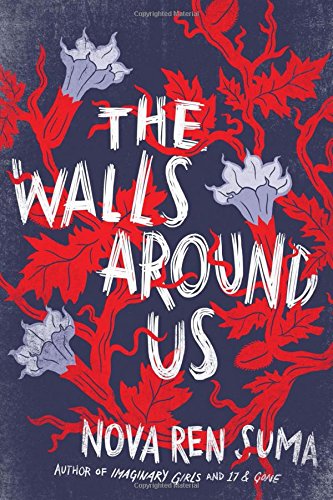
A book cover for The Walls Around Us; Nova Ren Suma; Teen & Young Adult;